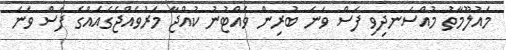
މައުލޫމާތު މުއްސަނދިވި ފަސް ވަނަ ބުރިން ވެއްޓުނު ކުއްޖާ މަރުވެއްޖެގެއެއްގެ ފަސް ވަނަ